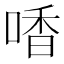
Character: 㗍